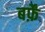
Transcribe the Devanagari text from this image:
बर्फ़ें